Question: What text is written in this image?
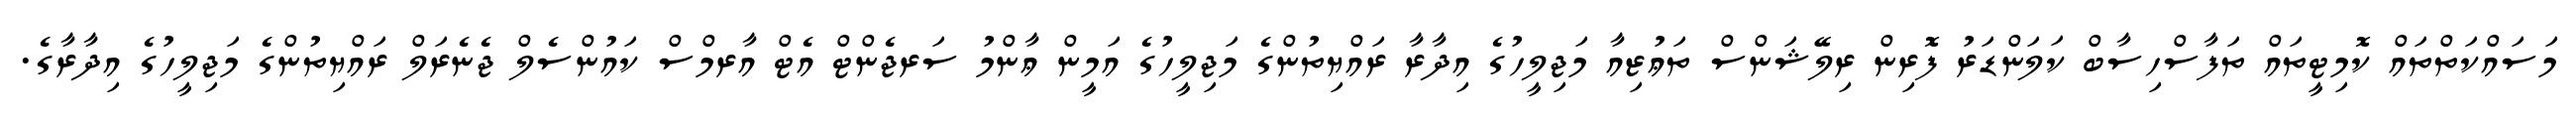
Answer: މަސައްކަތްތައް ކޮމިޓީތައް ތަފާސްހިސާބް ކަލަންޑަރު ފޮރިން ރިލޭޝަންސް ތަޢުޒިއާ މަޖިލީހުގެ އިދާރާ ރައްޔިތުންގެ މަޖިލީހުގެ އަމީން ޢާންމު ސަރޖެންޓް އެޓް އާރމްސް ކައުންސެލް ޖެނެރަލް ރައްޔިތުންގެ މަޖިލީހުގެ އިދާރާގެ.